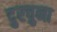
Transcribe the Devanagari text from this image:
दुरचुना